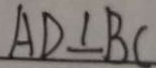
A D \bot B C